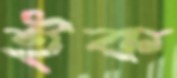
ইক